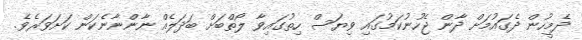
ދެމީހުން ދެގައުމަށް ދާން ޖެހުނުކަމުގައި ވިޔަސް ހިތުގައިވާ ލޯތްބަށް ބަދަލެއް ނާންނާނެކަން ކަށަވަރެވެ.